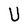
Character: U